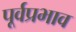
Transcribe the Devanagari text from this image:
पूर्वप्रभाव